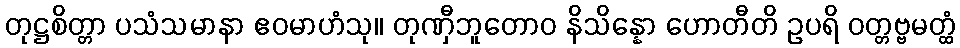
တုဋ္ဌစိတ္တာ ပသံသမာနာ ဧဝမာဟံသု။ တုဏှီဘူတောဝ နိသိန္နော ဟောတီတိ ဥပရိ ဝတ္တဗ္ဗမတ္ထံ